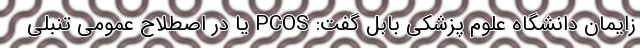
زایمان دانشگاه علوم پزشکی بابل گفت: PCOS یا در اصطلاح عمومی تنبلی